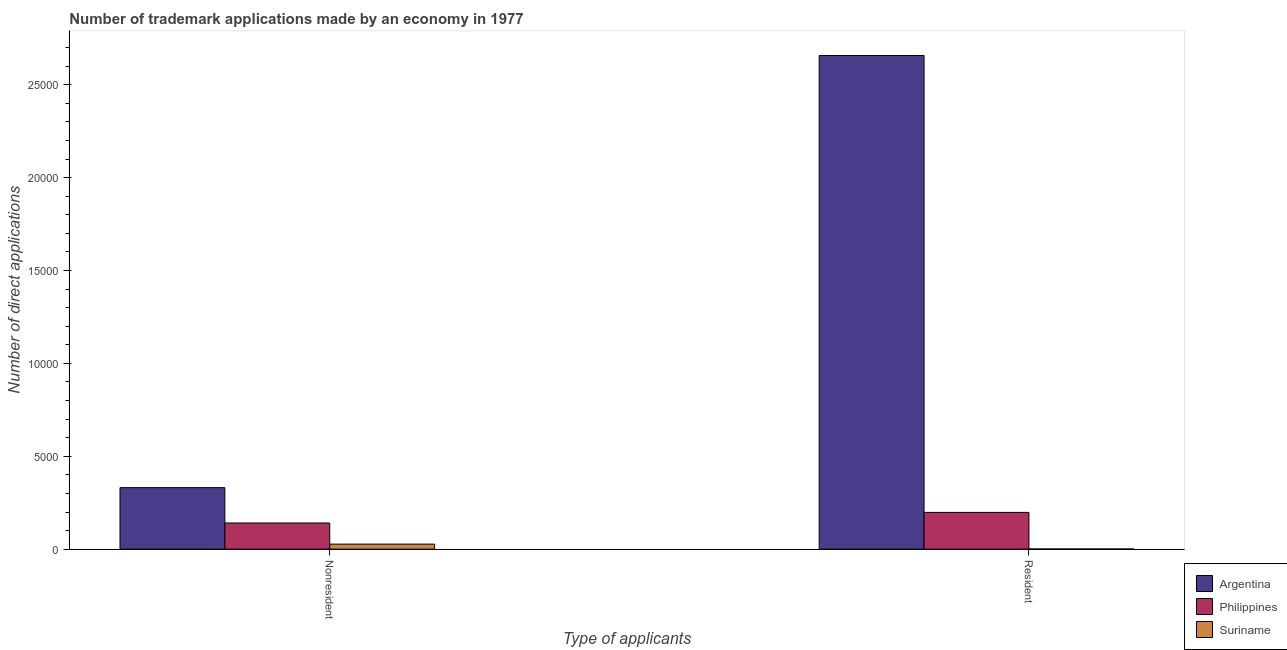
| Type of applicants | Argentina | Philippines | Suriname |
 | --- | --- | --- | --- |
 | Nonresident | 3.31e+03 | 1.41e+03 | 271 |
 | Resident | 2.66e+04 | 1.98e+03 | 10 |